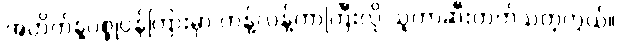
အတိတ်နဲ့ပစ္စုပ္ပန်ကြားမှာ ကန့်လန့်ကာကြီးလို သူကာဆီးတတ်သတဲ့ကွယ်။